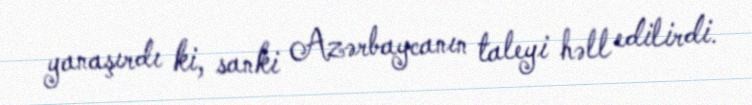
yanaşırdı ki, sanki Azərbaycanın taleyi həll edilirdi.